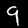
Label: 9